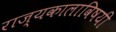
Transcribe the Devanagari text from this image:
राज्यकालाविषयी